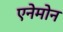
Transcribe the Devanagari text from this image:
एनेमोन